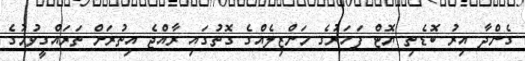
ގެންދާ އިރު ބޮޑެތި ޔޮޓް ފަހަރުގެ މަންޒިލެއްގެ ގޮތުގައި ރާއްޖެ އިތުރަށް ތަރައްގީވުމުގެ